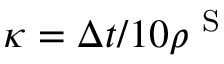
\kappa = \Delta t / 1 0 \rho ^ { \mathrm { ~ S ~ } }